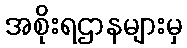
အစိုးရဌာနများမှ